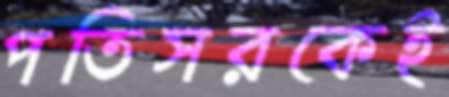
পতিসরকেই